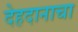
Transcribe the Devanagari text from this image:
देहदानाचा